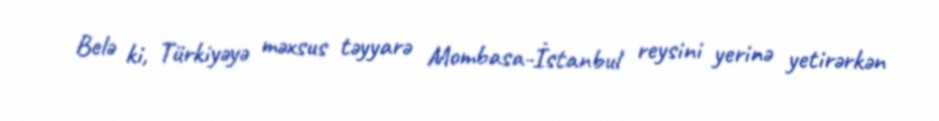
Belə ki, Türkiyəyə məxsus təyyarə Mombasa-İstanbul reysini yerinə yetirərkən